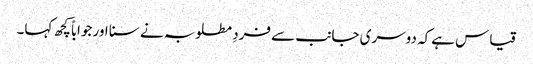
قیاس ہےکہ دوسری جانب سے فردِ مطلوبہ نے سنا اور جواباً کچھ کہا۔